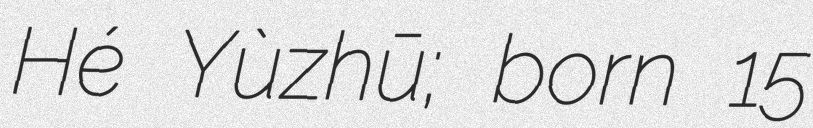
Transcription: Hé Yùzhū; born 15